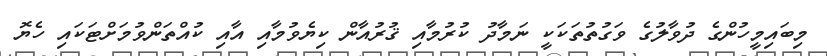
މިބައިމީހުންގެ ދުވާލުގެ ވަގުތުތަކަކީ ނަމާދު ކުރުމާއި ޤުރުއާން ކިޔެވުމާއި އާއި ކުއްތަންވުމަށްޓަކައި ހެޔޮ